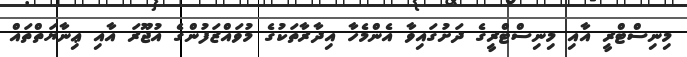
މިނިސްޓްރީ އާއި މިނިސްޓްރީގެ ދަށުގައިވާ އެންމެހާ އިދާރާތަކުގެ މުވައްޒަފުންގެ އުޖޫރަ އާއި ޢިނާޔަތްތައް